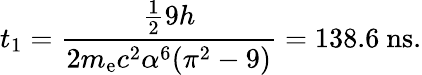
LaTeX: t_{1}={\frac{{\frac{1}{2}}9h}{2m_{\mathrm{e}}c^{2}\alpha^{6}(\pi^{2}-9)}}=138.6~\mathrm{ns}.